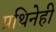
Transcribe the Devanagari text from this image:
प्रथिनेही